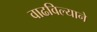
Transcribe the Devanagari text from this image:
वाढविल्याने